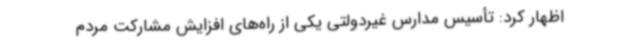
اظهار کرد: تأسیس مدارس غیردولتی یکی از راه‌های افزایش مشارکت مردم